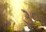
૩૦